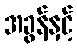
အခွန်နှင့်